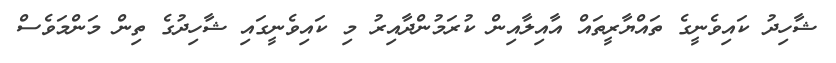
ޝާހިދު ކައިވެނީގެ ތައްޔާރީތައް އާއިލާއިން ކުރަމުންދާއިރު މި ކައިވެނީގައި ޝާހިދުގެ ތިން މަންމަވެސް